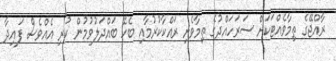
ރާއްޖޭގެ ތިމާވެއްޓަކަށް ސަރަހައްދުގެ ތިމާވެށި ރައްކާކުރުމާއި ބެހޭ ބައްދަލުވުމުން ކުރި އެއްވެސް ފައިދާ